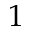
1